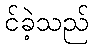
င်ခဲ့သည်